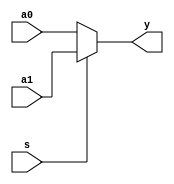
/* ----- ----- ----- ----- ----- -----
	Design: 2x1 Multiplexer
			By using conditional descripition
 			for digital circuits
 	Filename: mux21.v
	Coder: Vitor Alexandre Garcia Vaz(14611432)
 	Versions: /june_2024/
	----- ----- ----- ----- ----- -----
*/ 
`timescale 1 ns/100 ps

module mux21 
  #(parameter Size=8)
  (output[Size-1:0]y, input s, input [Size-1:0] a1, a0);
	assign y= s? a1:a0;
endmodule